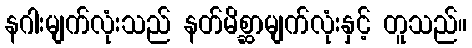
နဂါးမျက်လုံးသည် နတ်မိစ္ဆာမျက်လုံးနှင့် တူသည်။